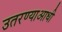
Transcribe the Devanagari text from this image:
उतरण्याआधी